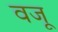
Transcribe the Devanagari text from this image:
वजू